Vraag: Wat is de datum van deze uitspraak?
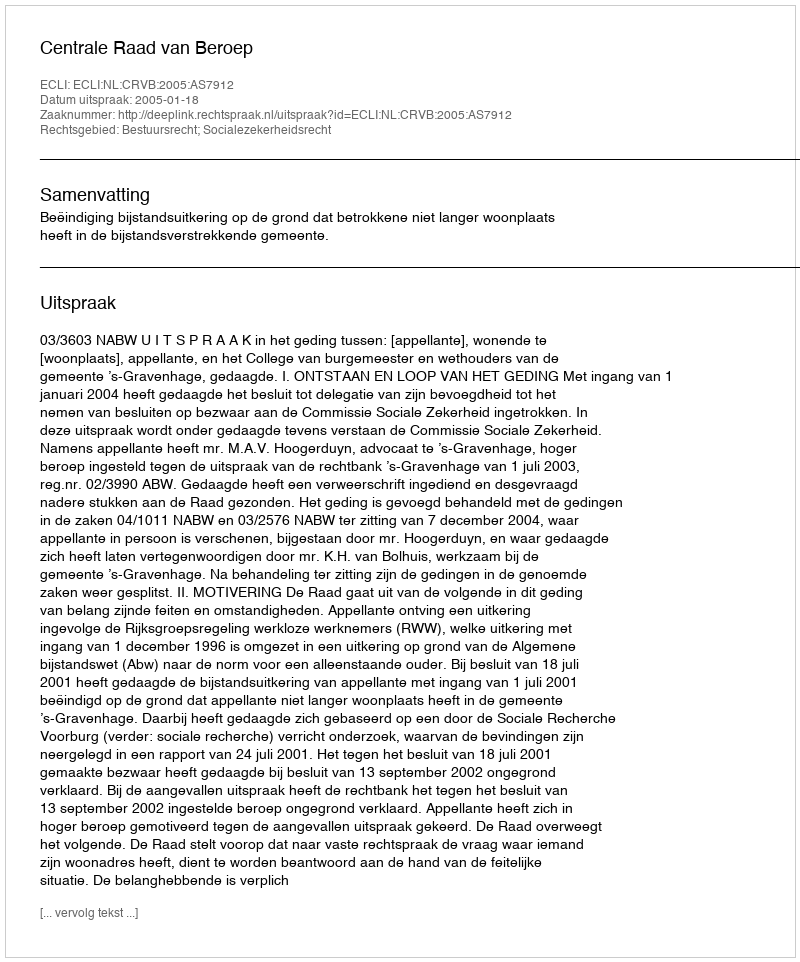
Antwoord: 2005-01-18